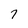
Character: 7